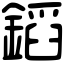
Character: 䤾